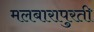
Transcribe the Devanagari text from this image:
मलबारापुरती